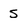
Character: 5